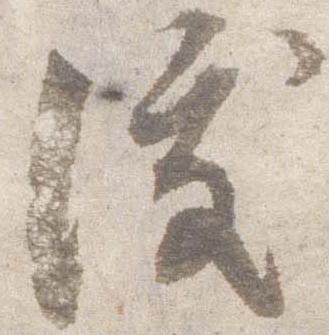
沃